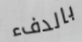
بالدفء